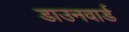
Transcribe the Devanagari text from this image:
डाउनवार्ड